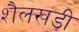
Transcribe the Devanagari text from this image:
शैलखड़ी